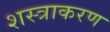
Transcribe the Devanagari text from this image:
शस्त्राकरण